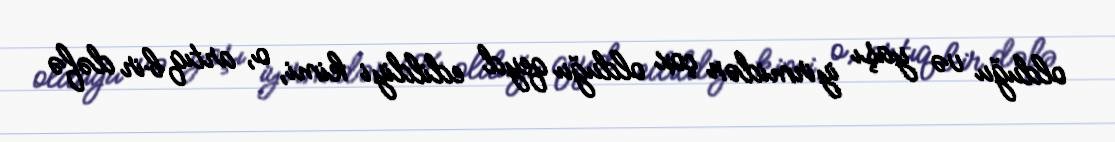
olduğu və yaşı iyirmidən çox olduğu qeyd edildiyi kimi, o, artıq bir dəfə